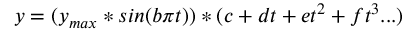
y = ( y _ { m a x } * s i n ( b { \pi } t ) ) * ( c + d t + e t ^ { 2 } + f t ^ { 3 } . . . )